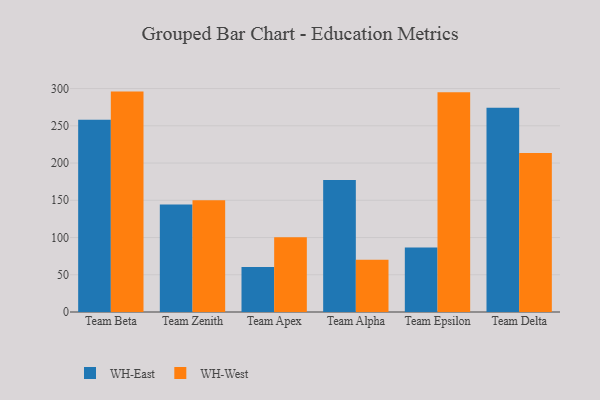
{"axis": {"x": "Team", "y": "Customer Acquisition Cost (USD)"}, "legend": ["WH-East", "WH-West"], "data": [{"x": "Team Beta", "y": 258.1, "type": "WH-East"}, {"x": "Team Beta", "y": 295.9, "type": "WH-West"}, {"x": "Team Zenith", "y": 144.4, "type": "WH-East"}, {"x": "Team Zenith", "y": 150.1, "type": "WH-West"}, {"x": "Team Apex", "y": 60.4, "type": "WH-East"}, {"x": "Team Apex", "y": 100.4, "type": "WH-West"}, {"x": "Team Alpha", "y": 177.1, "type": "WH-East"}, {"x": "Team Alpha", "y": 70.2, "type": "WH-West"}, {"x": "Team Epsilon", "y": 86.7, "type": "WH-East"}, {"x": "Team Epsilon", "y": 294.9, "type": "WH-West"}, {"x": "Team Delta", "y": 274.3, "type": "WH-East"}, {"x": "Team Delta", "y": 213.6, "type": "WH-West"}]}